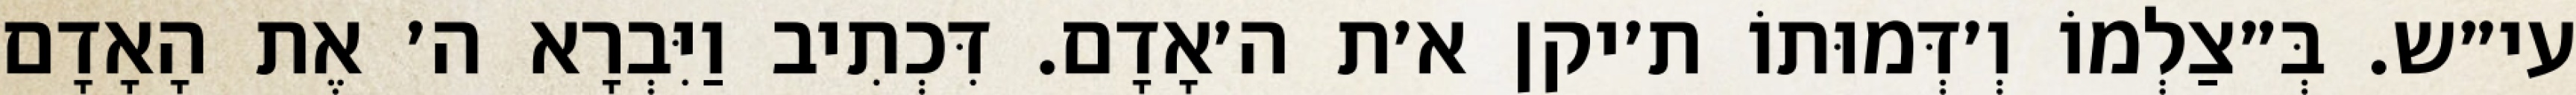
עי״ש. בְּ״צַלְמוֹ וְ׳דְּמוּתוֹ ת׳יקן א׳ת ה׳אָדָם. דִּכְתִיב וַיִּבְרָא ה׳ אֶת הָאָדָם